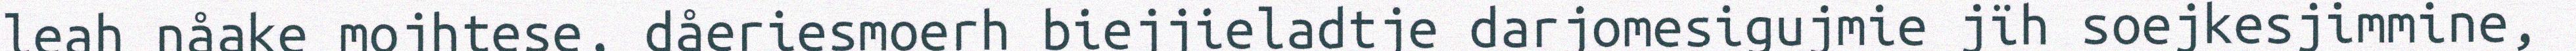
leah nåake mojhtese, dåeriesmoerh biejjieladtje darjomesigujmie jïh soejkesjimmine,